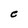
Character: C